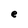
Character: e